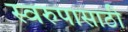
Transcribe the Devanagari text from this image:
स्वरुपासाठी